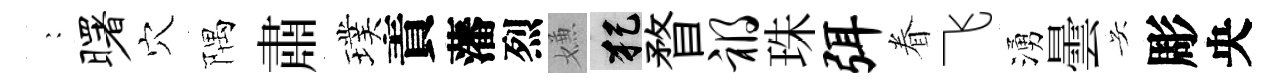
巍曙穴隅肅璞責藩烈嫌犯瞀祸珠弭眷飞湧曇吴彫央